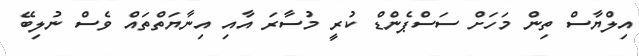
އިލްޔާސް ތިން މަހަށް ސަސްޕެންޑް ކުރީ މުސާރަ އާއި އިނާޔަތްތައް ވެސް ނުލިބޭ